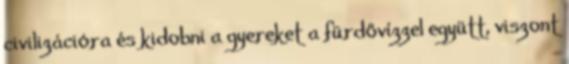
civilizációra és kidobni a gyereket a fürdővízzel együtt, viszont